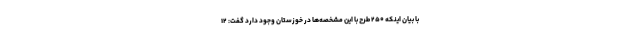
با بیان اینکه ۲۵۰ طرح با این مشخصه‌ها در خوزستان وجود دارد گفت: ۱۲